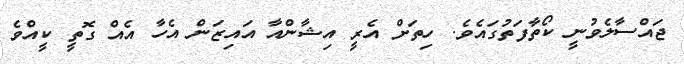
ޖައްސާލެވުނީ ކޯތާފަތުގައެވެ. ހިތަށް އެރީ އިޝާންއާ އައިޒަން އެހާ އެއް ގޮތީ ކީއްވެ